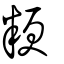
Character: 粳